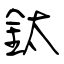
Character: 鈦